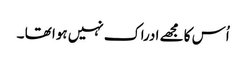
اُس کا مجھے ادراک نہیں ہوا تھا ۔